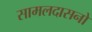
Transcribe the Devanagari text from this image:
सामलदासनो